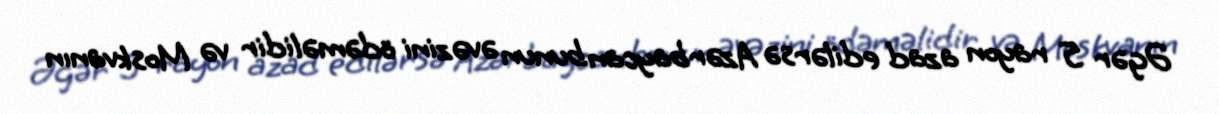
Əgər 5 rayon azad edilərsə Azərbaycan bunun əvəzini ödəməlidir və Moskvanın